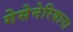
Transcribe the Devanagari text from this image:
गेसेनेरियाना